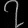
Digit: ၇